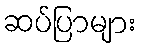
ဆပ်ပြာများ